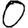
Digit: 0